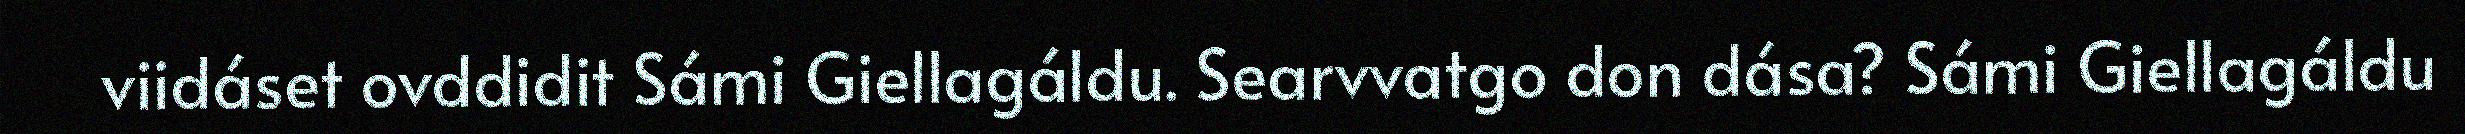
viidáset ovddidit Sámi Giellagáldu. Searvvatgo don dása? Sámi Giellagáldu